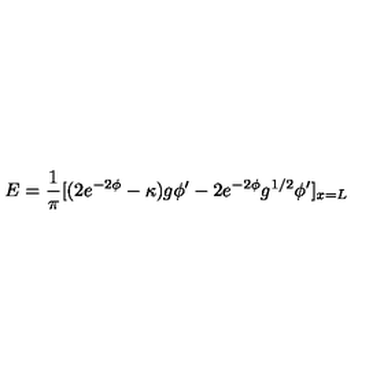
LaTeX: E = { \frac { 1 } { \pi } } [ ( 2 e ^ { - 2 \phi } - \kappa ) g \phi ^ { \prime } - 2 e ^ { - 2 \phi } g ^ { 1 / 2 } \phi ^ { \prime } ] _ { x = L }